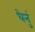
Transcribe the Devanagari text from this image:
धेनुं